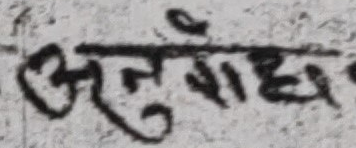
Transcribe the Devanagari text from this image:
अनुवादक